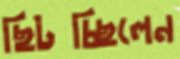
ছিটচ্ছিলেন